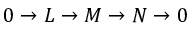
0 \rightarrow L \rightarrow M \rightarrow N \rightarrow 0